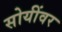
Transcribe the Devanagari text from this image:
सोयींवर